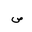
Letter: _sad